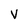
Character: V